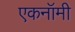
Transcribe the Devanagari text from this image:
एकनॉमी